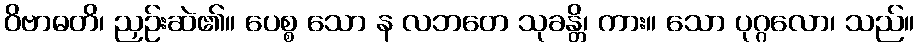
ဝိဗာဓတိ၊ ညှဉ်းဆဲ၏။ ပေစ္စ သော န လဘတေ သုခန္တိ၊ ကား။ သော ပုဂ္ဂလော၊ သည်။